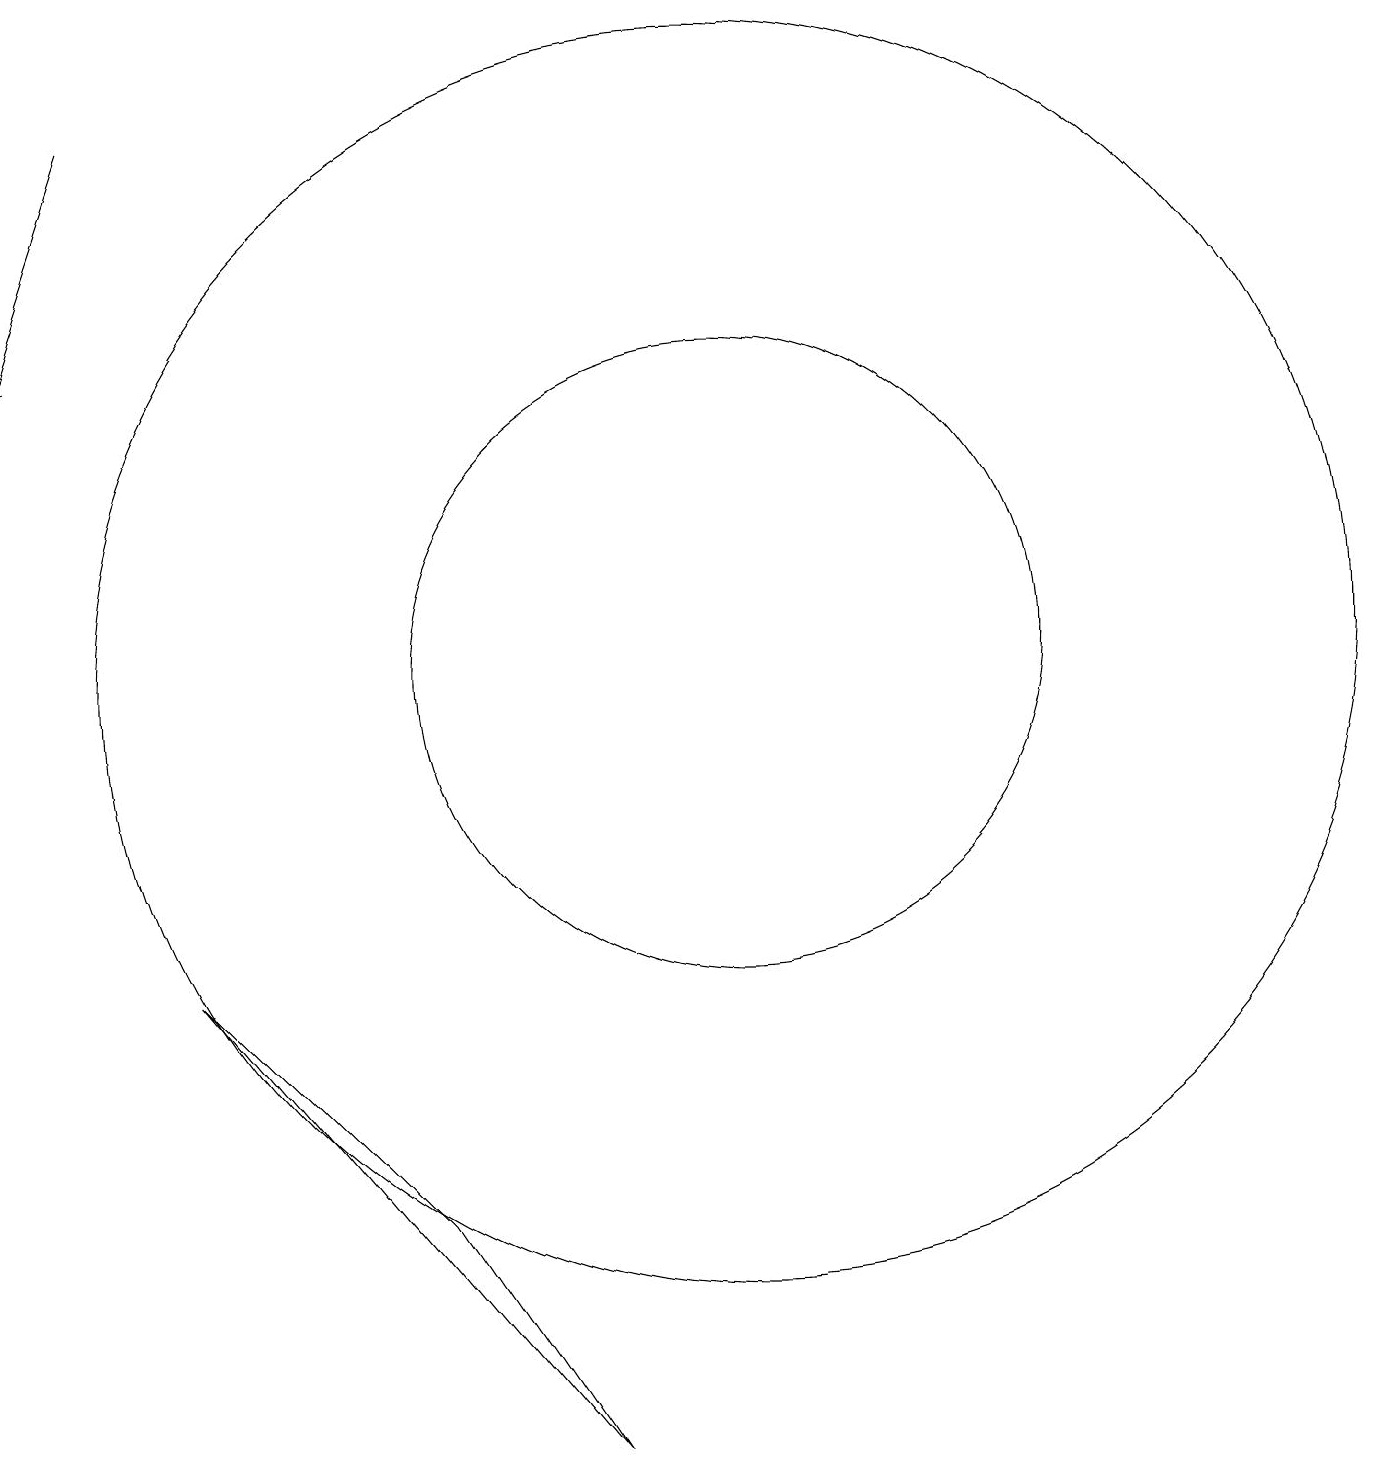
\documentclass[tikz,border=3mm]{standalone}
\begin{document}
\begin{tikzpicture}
\draw (9,1) -- (7,4) -- (4,7) -- cycle;
\draw (11,11) circle (4);
\draw (11,11) circle (8);
\draw[->] (3,18) -- (2,15);
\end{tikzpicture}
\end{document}